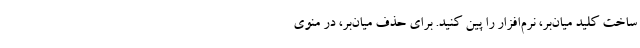
ساخت کلید میان‌بر، نرم‌‌افزار را پین کنید. برای حذف میان‌بر، در منوی